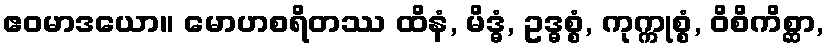
ဧဝမာဒယော။ မောဟစရိတဿ ထိနံ, မိဒ္ဓံ, ဥဒ္ဓစ္စံ, ကုက္ကုစ္စံ, ဝိစိကိစ္ဆာ,